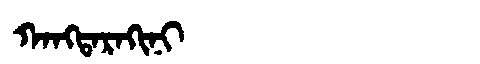
Manchu: ᡴᠠᠩᡨᠠᡵᠠᡴᡳᠨᡳ
Romanization: KANGTARAKINI